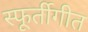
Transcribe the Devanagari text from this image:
स्फूर्तीगीत